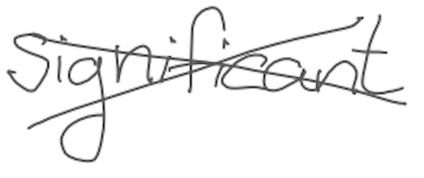
Text: significant
Cross-out: cross
Writing tool: digital_gray